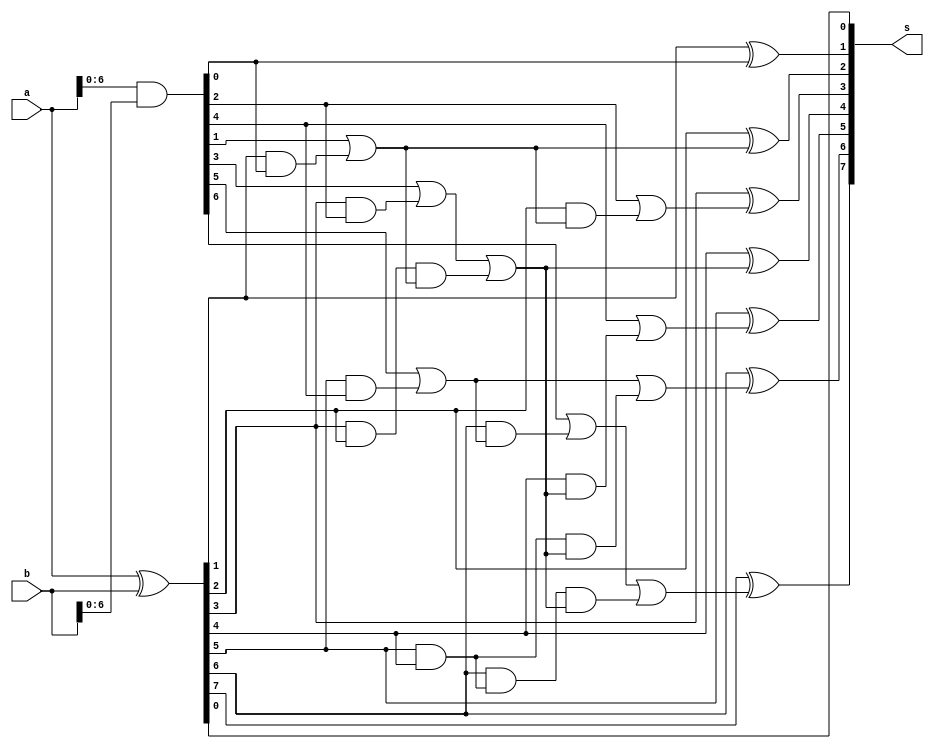
`timescale 1ns / 1ps
//////////////////////////////////////////////////////////////////////////////////
// Company: 
// Engineer: 
// 
// Design Name: 
// Module Name: ladfisch7bit
// Project Name: 
// Target Devices: 
// Tool Versions: 
// Description: 
// 
// Dependencies: 
// 
// Revision:
// Revision 0.01 - File Created
// Additional Comments:
// 
//////////////////////////////////////////////////////////////////////////////////


module ladfisch8bit(a,b,s);
input [7:0]a,b;
//you will need only 7bit sum since carry out of this 7bit addition is S2's 6th sum
//bit

//The above statement is the mistake I have done.
output [7:0]s;
wire [7:0]g,p;

//wire [5:0]c;
wire [6:0]c;
assign g=a&b;
assign p=a^b;

//g1,p1
wire g1;
//diamond d11(g[1],p[1],g[0],p[0],g1,p1);
assign g1=g[1]|(p[1]&g[0]);

//since you will not need p1,p2,p3,p4,p5,p6 anymore.
//g2,p2
wire g2;
//diamond d21(g[2],p[2],g1,p1,g2,p2);
assign g2=g[2]|(p[2]&g1);

//g3,p3
wire gw3,pw3,g3;
//diamond d31(g[3],p[3],g[2],p[2],gw3,pw3);
assign gw3=g[3]|(p[3]&g[2]);
assign pw3=p[3]&p[2];
//diamond d32(gw3,pw3,g1,p1,g3,p3);
assign g3=gw3|(pw3&g1);

//g4,p4
wire g4;
//diamond d41(g[4],p[4],g3,p3,g4,p4);
assign g4=g[4]|(p[4]&g3);

//g5,p5
wire gw5,pw5,g5;
//diamond d51(g[5],p[5],g[4],p[4],gw5,pw5);
assign gw5=g[5]|(p[5]&g[4]);
assign pw5=p[5]&p[4];
//diamond d52(gw5,pw5,g3,p3,g5,p5);
assign g5=gw5|(pw5&g3);

//g6,p6
wire gw6,pw6,g6;
//diamond d61(g[6],p[6],gw5,pw5,gw6,pw6);
assign gw6=g[6]|(p[6]&gw5);
assign pw6=p[6]&pw5;
//diamond d62(gw6,pw6,g3,p3,g6,p6);
assign g6=gw6|(pw6&g3);

//Since Cin =0,I am removing Pi&Cin which is equal to zero.Refer to original ladner fischer8bit module to know what changes have been made.
//carry of each column
assign c[0]=g[0];
assign c[1]=g1;
assign c[2]=g2;
assign c[3]=g3;
assign c[4]=g4;
assign c[5]=g5;
assign c[6]=g6;
//Anyway carry out of this 7 bit addition must be 0.

//sum of each column
assign s[0]=p[0];//originally p[0]^cin.
assign s[1]=p[1]^c[0];
assign s[2]=p[2]^c[1];
assign s[3]=p[3]^c[2];
assign s[4]=p[4]^c[3];
assign s[5]=p[5]^c[4];
assign s[6]=p[6]^c[5];
assign s[7]=p[7]^c[6];
endmodule